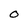
Character: O